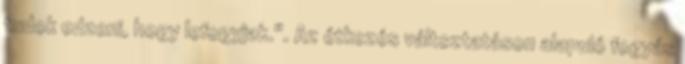
tudok edzeni, hogy lefogyjak.". Az étkezés változtatáson alapuló fogyás